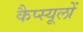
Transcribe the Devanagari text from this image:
कैप्स्यूलों